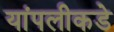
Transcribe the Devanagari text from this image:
यांपलीकडे